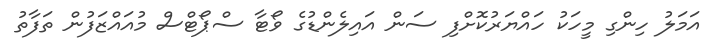
އަމަލު ހިންގި މީހަކު ހައްޔަރުކޮށްފި ސަން އައިލެންޑުގެ ވޯޓާ ސްޕޯޓްސް މުއައްޒަފުން ތަފާތު